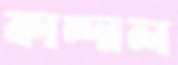
কান্দাল